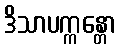
ဒိသာပက္ကန္တော